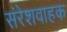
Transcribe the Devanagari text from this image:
संरेशवाहक